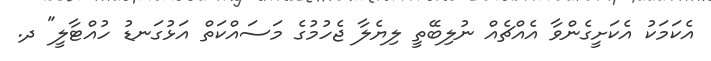
އެކަމަކު އެކަށީގެންވާ އެއްޗެއް ނުލިބޭތީ ލިޔެލާ ޖެހުމުގެ މަސައްކަތް އަޅުގަނޑު ހުއްޓާލީ" ދ.